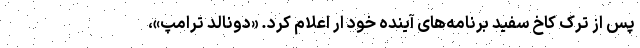
پس از ترک کاخ سفید برنامه‌های آینده خود ار اعلام کرد. «دونالد ترامپ»،